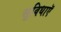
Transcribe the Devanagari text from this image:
सुविधाऍ